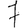
Digit: 7